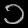
Digit: ၁